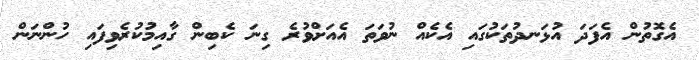
އެގޮތުން އެފަދަ އުޅަނދުތަކުގައި އެކެއް ނުވަތަ އެއަށްވުރެ ގިނަ ކެބިން ގާއިމުކުރެވިފައި ހުންނަން